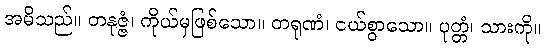
အမိသည်။ တနုဇ္ဇံ၊ ကိုယ်မှဖြစ်သော။ တရုဏံ၊ ငယ်စွာသော။ ပုတ္တံ၊ သားကို။